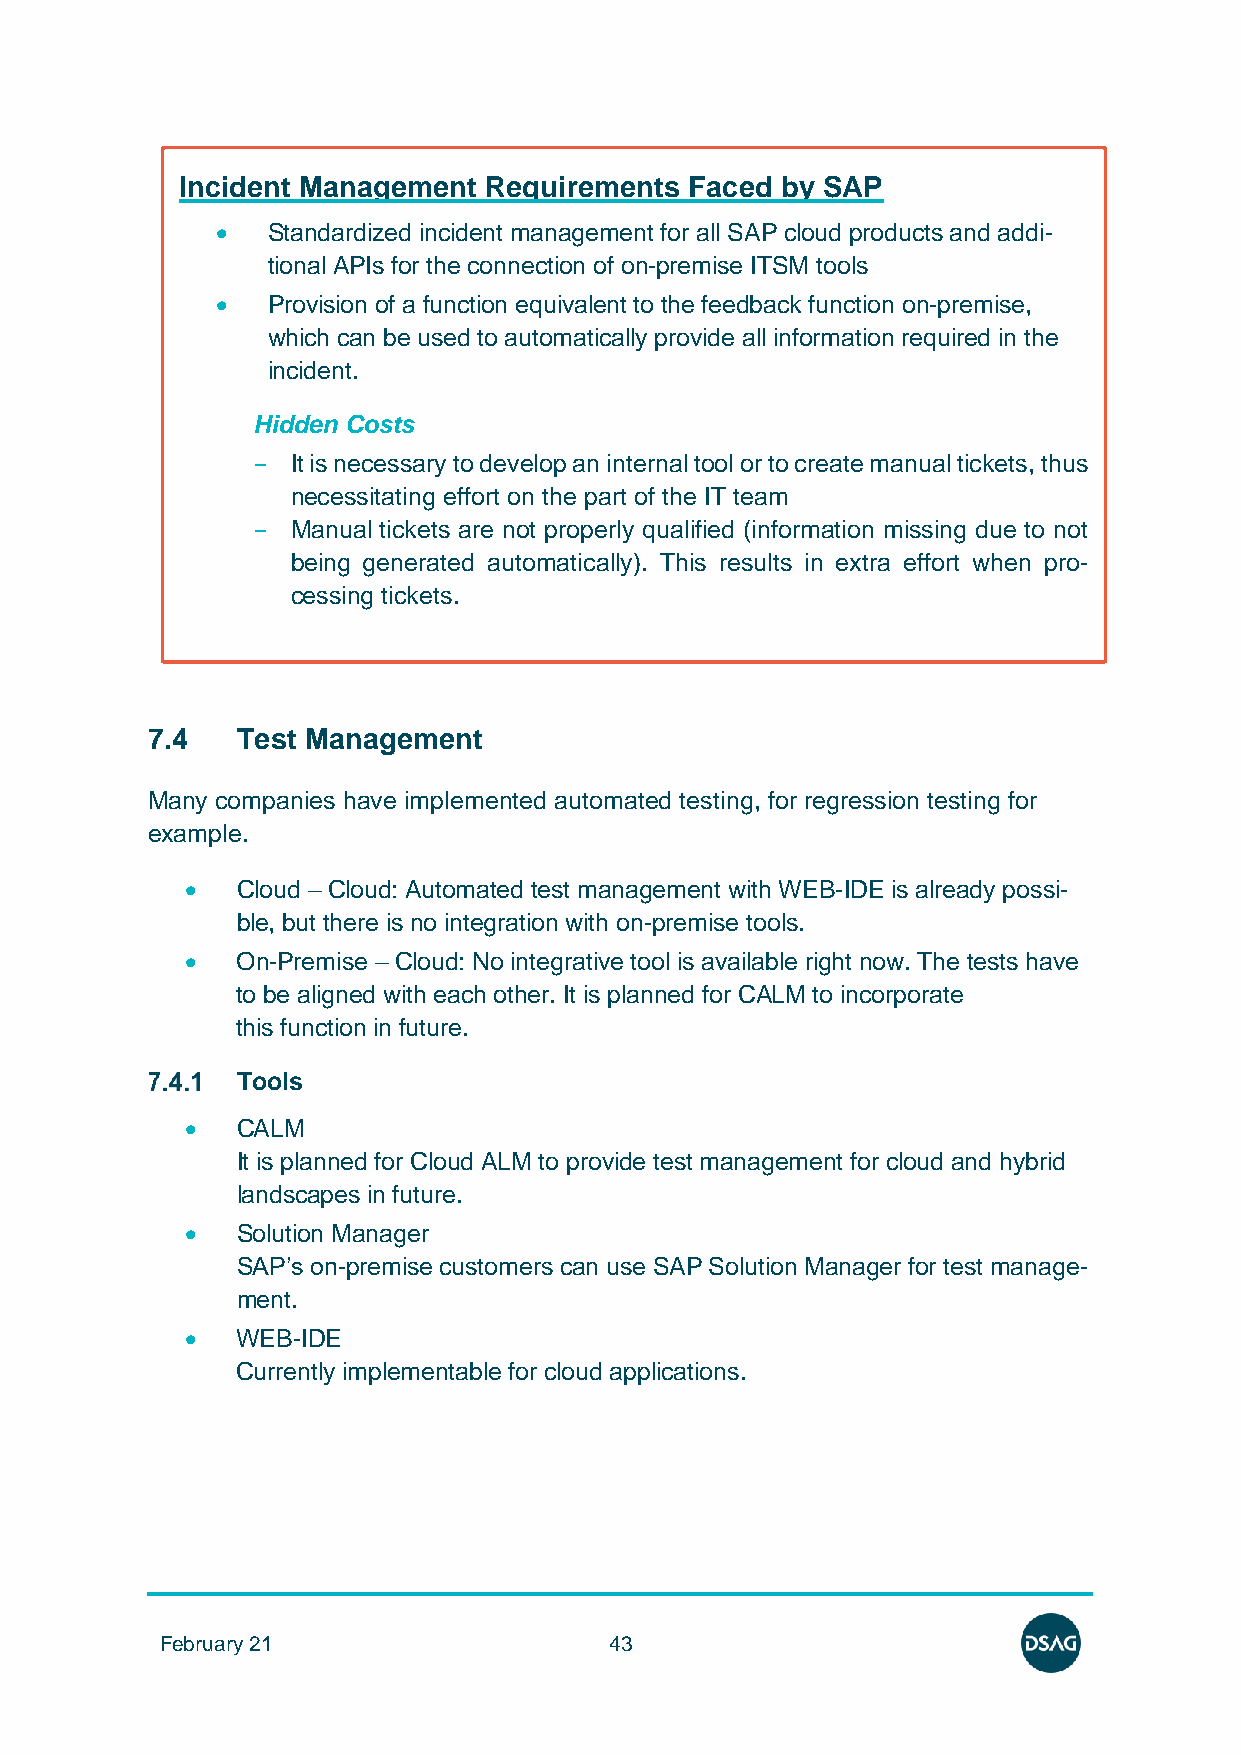
Incident Management Requirements  Faced by SAP
 •   Standardized incident management for all SAP cloud products and addi-
 tional APIs for the connection of on-premise ITSM tools
 •   Provision of a function equivalent to the feedback function on-premise,
 which can be used to automatically provide all information required in the
 incident.
 Hidden Costs
 - It is necessary to develop an internal tool or to create manual tickets, thus
 necessitating effort on the part of the IT team
 - Manual tickets are not properly qualified (information missing due to not
 being generated automatically). This results in extra effort when pro-
 cessing tickets.
 7.4   Test Management
 Many companies have implemented automated testing, for regression testing for
 example.
 •   Cloud – Cloud: Automated test management with WEB-IDE is already possi-
 ble, but there is no integration with on-premise tools.
 •   On-Premise – Cloud: No integrative tool is available right now. The tests have
 to be aligned with each other. It is planned for CALM to incorporate
 this function in future.
 Tools
 •   CALM
 It is planned for Cloud ALM to provide test management for cloud and hybrid
 landscapes in future.
 •   Solution Manager
 SAP’s on-premise customers can use SAP Solution Manager for test manage-
 ment.
 •   WEB-IDE
 Currently implementable for cloud applications.
 February 21                  43